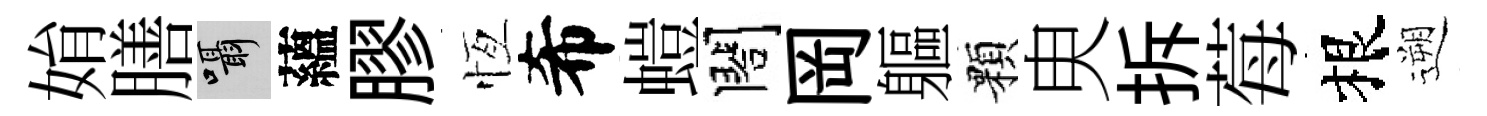
姢膳囁蘊膠恆希螘閤岡軀顆㬰拆莓根遡